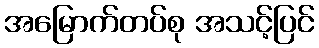
အမြောက်တပ်စု အသင့်ပြင်